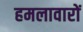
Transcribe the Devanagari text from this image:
हमलावारों